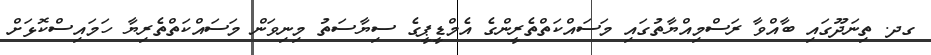
ގދ. ތިނަދޫގައި ބާއްވާ ރަސްމިއްޔާތުގައި މަސައްކަތްތެރީންގެ އެމްޑީޕީގެ ސިޔާސަތު މިނިވަން މަސައްކަތްތެރިޔާ ހަމައިސްކޮޅަށް